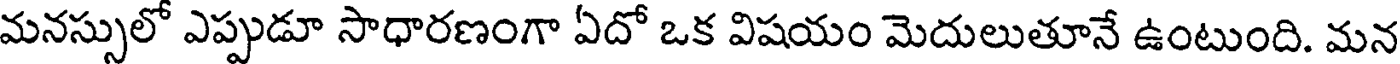
మనస్సులో ఎప్పుడూ సాధారణంగా ఏదో ఒక విషయం మెదులుతూనే ఉంటుంది. మన